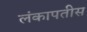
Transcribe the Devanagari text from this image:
लंकापतीस